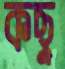
কছু